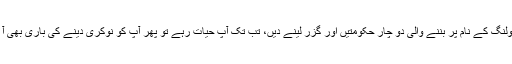
نالی اور سولنگ کے نام پر بننے والی دو چار حکومتیں اور گزر لینے دیں، تب تک آپ حیات رہے تو پھر آپ کو نوکری دینے کی باری بھی آ جائے گی۔